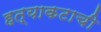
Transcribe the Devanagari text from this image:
हत्याकटाची